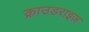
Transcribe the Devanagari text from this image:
क्राउडराइज़